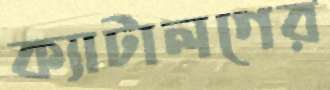
ক্যাটালগের